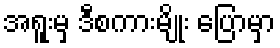
အရူးမှ ဒီစကားမျိုး ပြောမှာ